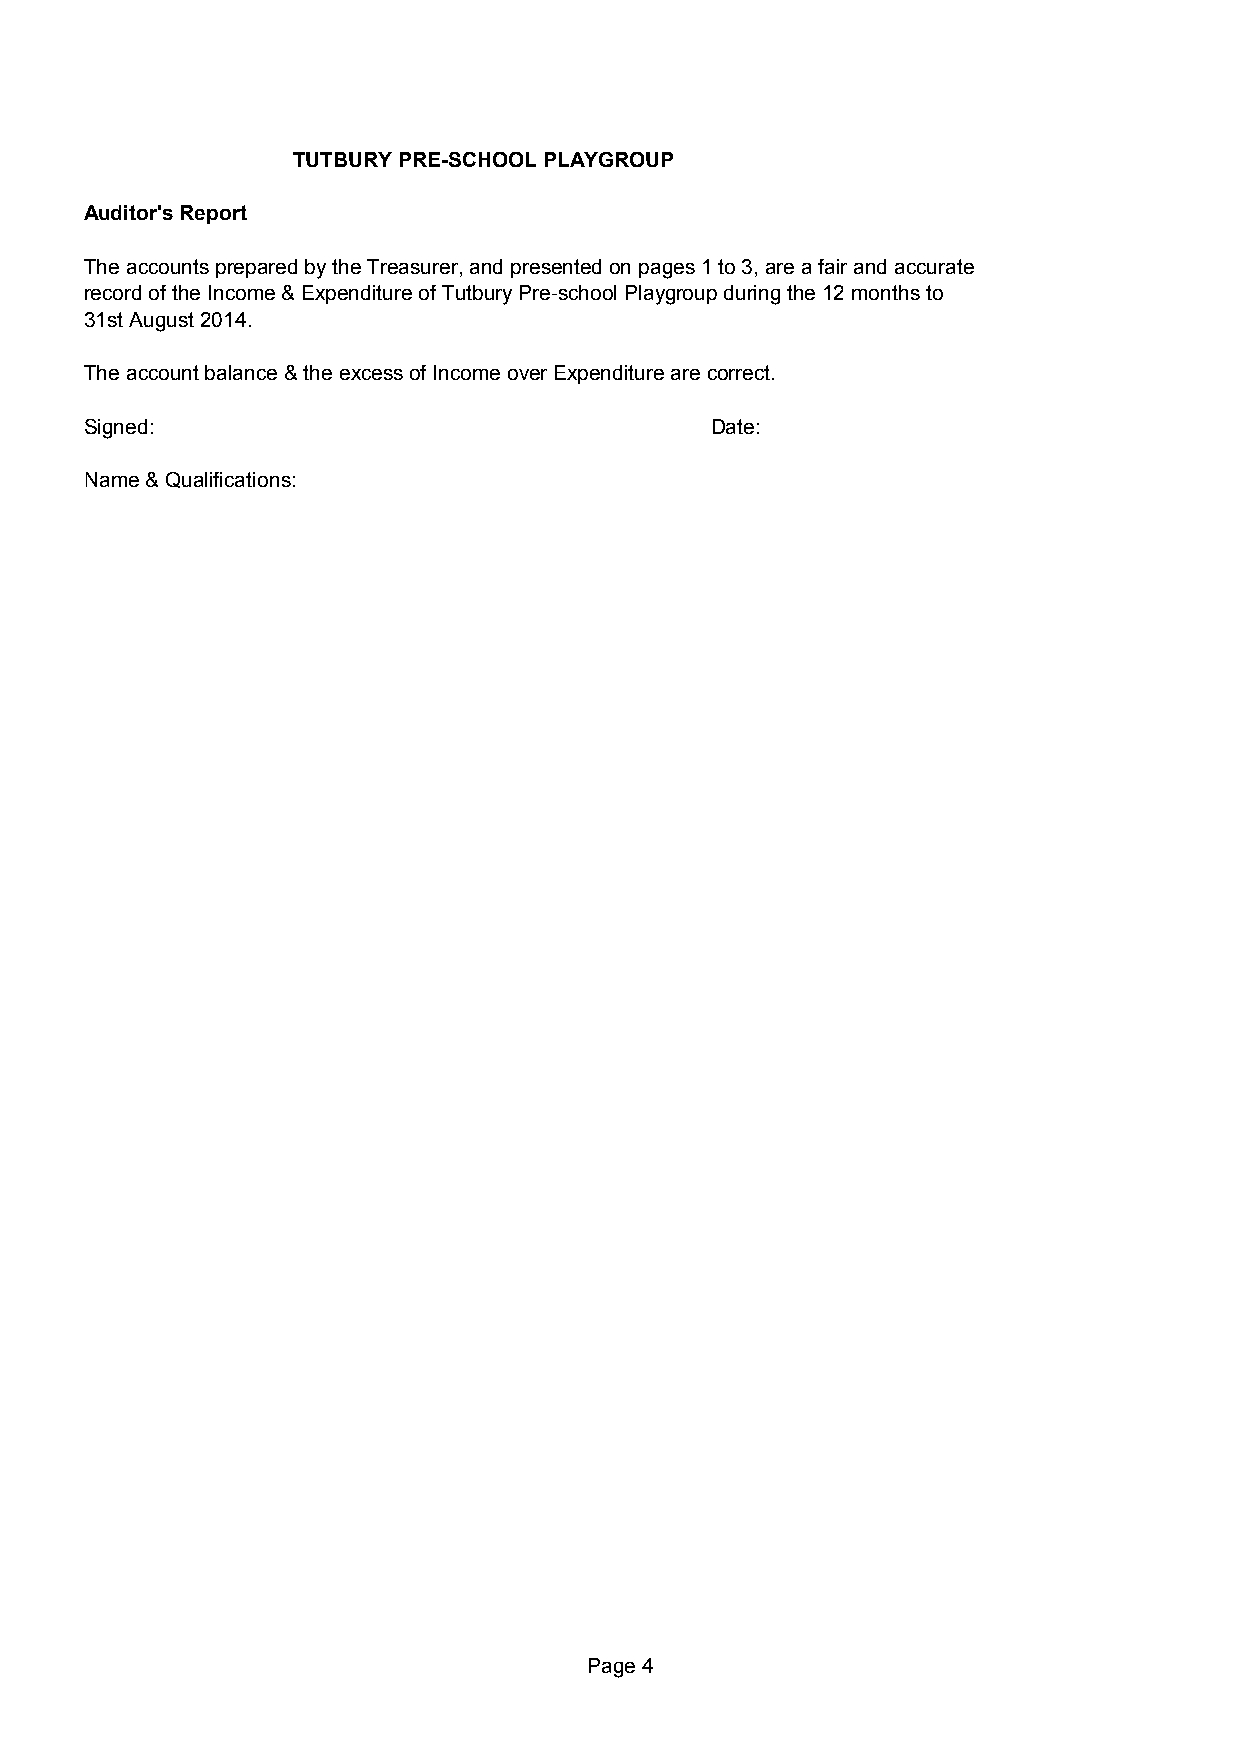
TUTBURY PRE-SCHOOL PLAYGROUP
 Auditor's Report
 The accounts prepared by the Treasurer, and presented on pages 1 to 3, are a fair and accurate
 record of the Income & Expenditure of Tutbury Pre-school Playgroup during the 12 months to
 31st August 2014.
 The account balance & the excess of Income over Expenditure are correct.
 Signed:                                  Date:
 Name & Qualifications:
 Page 4